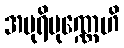
အပုရိပုဏ္ဏေဟိ